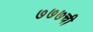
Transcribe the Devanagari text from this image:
७७७ची